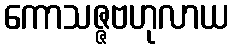
ကောသဇ္ဇဗဟုလာယ